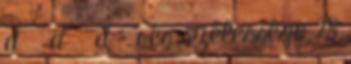
d λ d λ d – rés szélessége 28